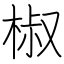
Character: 椒